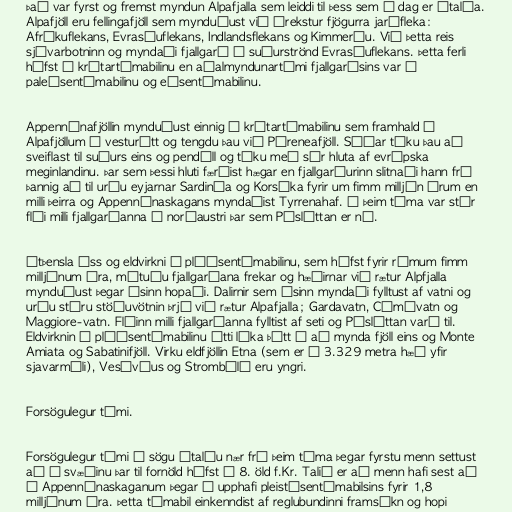
Það var fyrst og fremst myndun Alpafjalla sem leiddi til þess sem í dag er Ítalía.
Alpafjöll eru fellingafjöll sem mynduðust við árekstur fjögurra jarðfleka:
Afríkuflekans, Evrasíuflekans, Indlandsflekans og Kimmeríu. Við þetta reis
sjávarbotninn og myndaði fjallgarð á suðurströnd Evrasíuflekans. Þetta ferli
hófst á krítartímabilinu en aðalmyndunartími fjallgarðsins var á
paleósentímabilinu og eósentímabilinu.

Appennínafjöllin mynduðust einnig á krítartímabilinu sem framhald á
Alpafjöllum í vesturátt og tengdu þau við Pýreneafjöll. Síðar tóku þau að
sveiflast til suðurs eins og pendúll og tóku með sér hluta af evrópska
meginlandinu. Þar sem þessi hluti færðist hægar en fjallgarðurinn slitnaði hann frá
þannig að til urðu eyjarnar Sardinía og Korsíka fyrir um fimm milljón árum en
milli þeirra og Appennínaskagans myndaðist Tyrrenahaf. Á þeim tíma var stór
flói milli fjallgarðanna í norðaustri þar sem Pósléttan er nú.

Útþensla íss og eldvirkni á plíósentímabilinu, sem hófst fyrir rúmum fimm
milljónum ára, mótuðu fjallgarðana frekar og hæðirnar við rætur Alpfjalla
mynduðust þegar ísinn hopaði. Dalirnir sem ísinn myndaði fylltust af vatni og
urðu stóru stöðuvötnin þrjú við rætur Alpafjalla; Gardavatn, Cómóvatn og
Maggiore-vatn. Flóinn milli fjallgarðanna fylltist af seti og Pósléttan varð til.
Eldvirknin á plíósentímabilinu átti líka þátt í að mynda fjöll eins og Monte
Amiata og Sabatinifjöll. Virku eldfjöllin Etna (sem er í 3.329 metra hæð yfir
sjavarmáli), Vesúvíus og Strombólí eru yngri.

Forsögulegur tími.

Forsögulegur tími í sögu Ítalíu nær frá þeim tíma þegar fyrstu menn settust
að á svæðinu þar til fornöld hófst á 8. öld f.Kr. Talið er að menn hafi sest að
á Appennínaskaganum þegar í upphafi pleistósentímabilsins fyrir 1,8
milljónum ára. Þetta tímabil einkenndist af reglubundinni framsókn og hopi